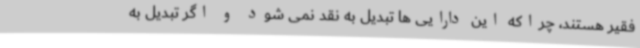
فقیر هستند، چراکه این دارایی ها تبدیل به نقد نمی شود و اگر تبدیل به